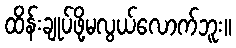
ထိန်းချုပ်ဖို့မလွယ်လောက်ဘူး။